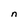
Character: n